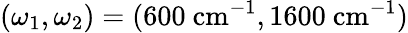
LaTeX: (\omega_{1},\omega_{2})=(600~\mathrm{cm}^{-1},1600~\mathrm{cm}^{-1})